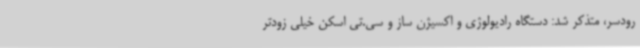
رودسر، متذکر شد: دستگاه رادیولوژی و اکسیژن ساز و سی.تی اسکن خیلی زودتر